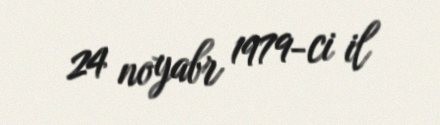
24 noyabr 1979-ci il